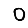
Digit: 0